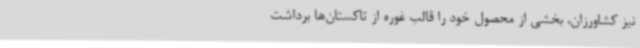
نیز کشاورزان، بخشی از محصول خود را قالب غوره از تاکستان‌ها برداشت